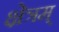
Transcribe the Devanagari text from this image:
क्षेत्रम्